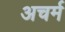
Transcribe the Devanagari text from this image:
अचर्म